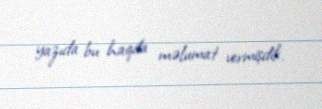
yazıda bu haqda məlumat vermişdik.